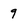
Character: 9